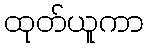
ထုတ်ယူကာ